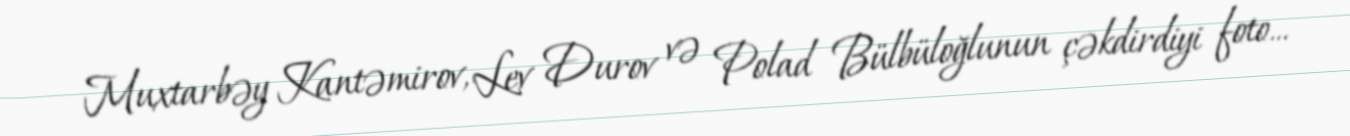
Muxtarbəy Kantəmirov, Lev Durov və Polad Bülbüloğlunun çəkdirdiyi foto...